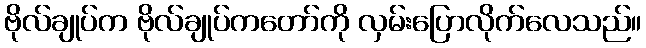
ဗိုလ်ချုပ်က ဗိုလ်ချုပ်ကတော်ကို လှမ်းပြောလိုက်လေသည်။